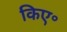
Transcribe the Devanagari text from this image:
किए॰